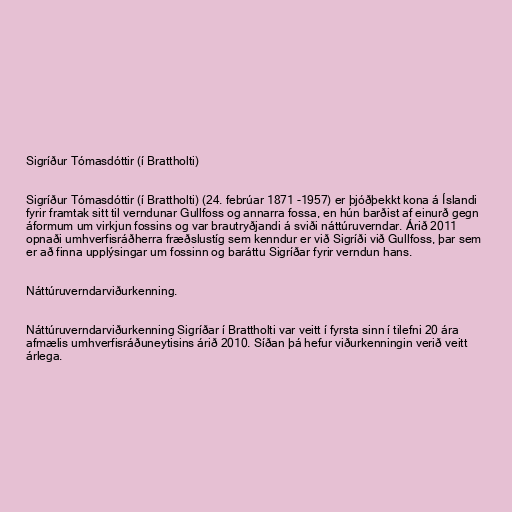
Sigríður Tómasdóttir (í Brattholti)

Sigríður Tómasdóttir (í Brattholti) (24. febrúar 1871 -1957) er þjóðþekkt kona á Íslandi
fyrir framtak sitt til verndunar Gullfoss og annarra fossa, en hún barðist af einurð gegn
áformum um virkjun fossins og var brautryðjandi á sviði náttúruverndar. Árið 2011
opnaði umhverfisráðherra fræðslustíg sem kenndur er við Sigríði við Gullfoss, þar sem
er að finna upplýsingar um fossinn og baráttu Sigríðar fyrir verndun hans.

Náttúruverndarviðurkenning.

Náttúruverndarviðurkenning Sigríðar í Brattholti var veitt í fyrsta sinn í tilefni 20 ára
afmælis umhverfisráðuneytisins árið 2010. Síðan þá hefur viðurkenningin verið veitt
árlega.